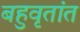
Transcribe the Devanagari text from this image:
बहुवृतांत